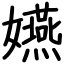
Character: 嬿